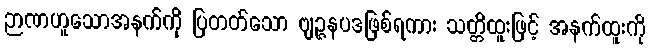
ဉာဏဟူသောအနက်ကို ပြတတ်သော ဗျဉ္ဇနပဒဖြစ်ရကား သတ္တိထူးဖြင့် အနက်ထူးကို